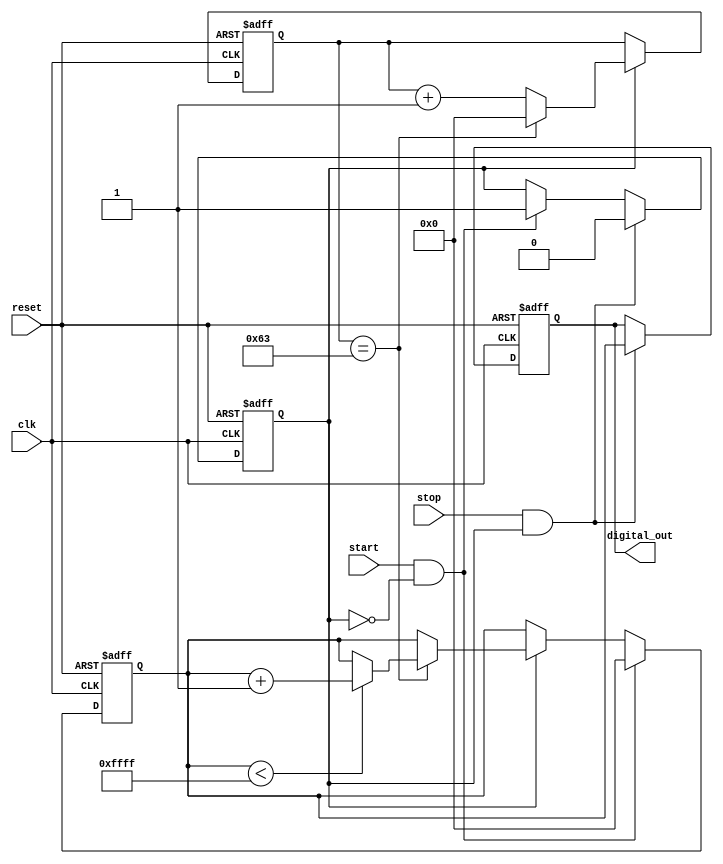
module TDC (
    input wire clk,          // System clock
    input wire reset,        // Asynchronous reset
    input wire start,        // START signal
    input wire stop,         // STOP signal
    output reg [15:0] digital_out // 16-bit digital output
);

    // Parameters
    parameter RAMP_MAX = 16'hFFFF; // Maximum ramp value
    parameter RAMP_STEP = 16'h0001; // Ramp increment step
    parameter RAMP_CLK_DIV = 100;   // Clock division for ramping speed

    // Internal signals
    reg [15:0] ramp_voltage; // Current ramp voltage
    reg ramping;             // Ramping flag
    reg [15:0] counter;      // Counter to capture elapsed time
    reg [15:0] clock_div;    // Clock divider for ramping

    // State machine for TDC operation
    always @(posedge clk or posedge reset) begin
        if (reset) begin
            ramp_voltage <= 16'h0000;
            digital_out <= 16'h0000;
            counter <= 16'h0000;
            ramping <= 1'b0;
            clock_div <= 16'h0000;
        end else begin
            // Ramping logic
            if (ramping) begin
                if (clock_div == RAMP_CLK_DIV - 1) begin
                    if (ramp_voltage < RAMP_MAX) begin
                        ramp_voltage <= ramp_voltage + RAMP_STEP; // Ramp up
                    end
                    clock_div <= 16'h0000; // Reset clock divider
                end else begin
                    clock_div <= clock_div + 1; // Increment clock divider
                end
            end
            
            // START signal detected
            if (start && !ramping) begin
                ramping <= 1'b1; // Start ramping
                ramp_voltage <= 16'h0000; // Reset ramp voltage
                counter <= 16'h0000; // Reset counter
            end
            
            // STOP signal detected
            if (stop && ramping) begin
                ramping <= 1'b0; // Stop ramping
                digital_out <= ramp_voltage; // Capture the ramp voltage
            end
            
            // Counter logic
            if (ramping) begin
                counter <= counter + 1; // Increment counter while ramping
            end
        end
    end

endmodule